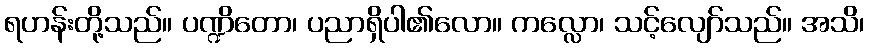
ရဟန်းတို့သည်။ ပဏ္ဍိတော၊ ပညာရှိပါ၏လော။ ကလ္လော၊ သင့်လျော်သည်။ အသိ၊